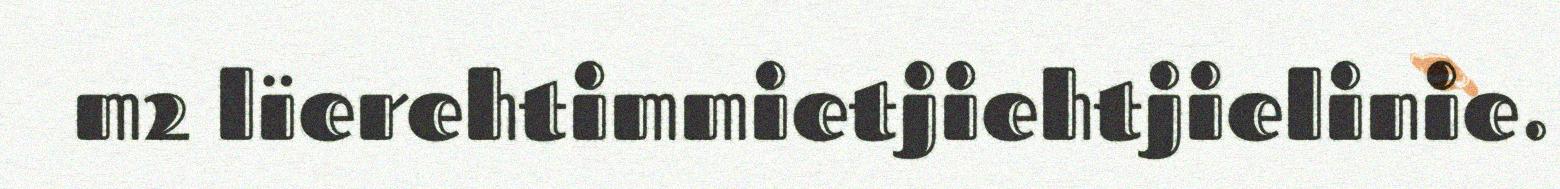
m2 lïerehtimmietjiehtjielinie.